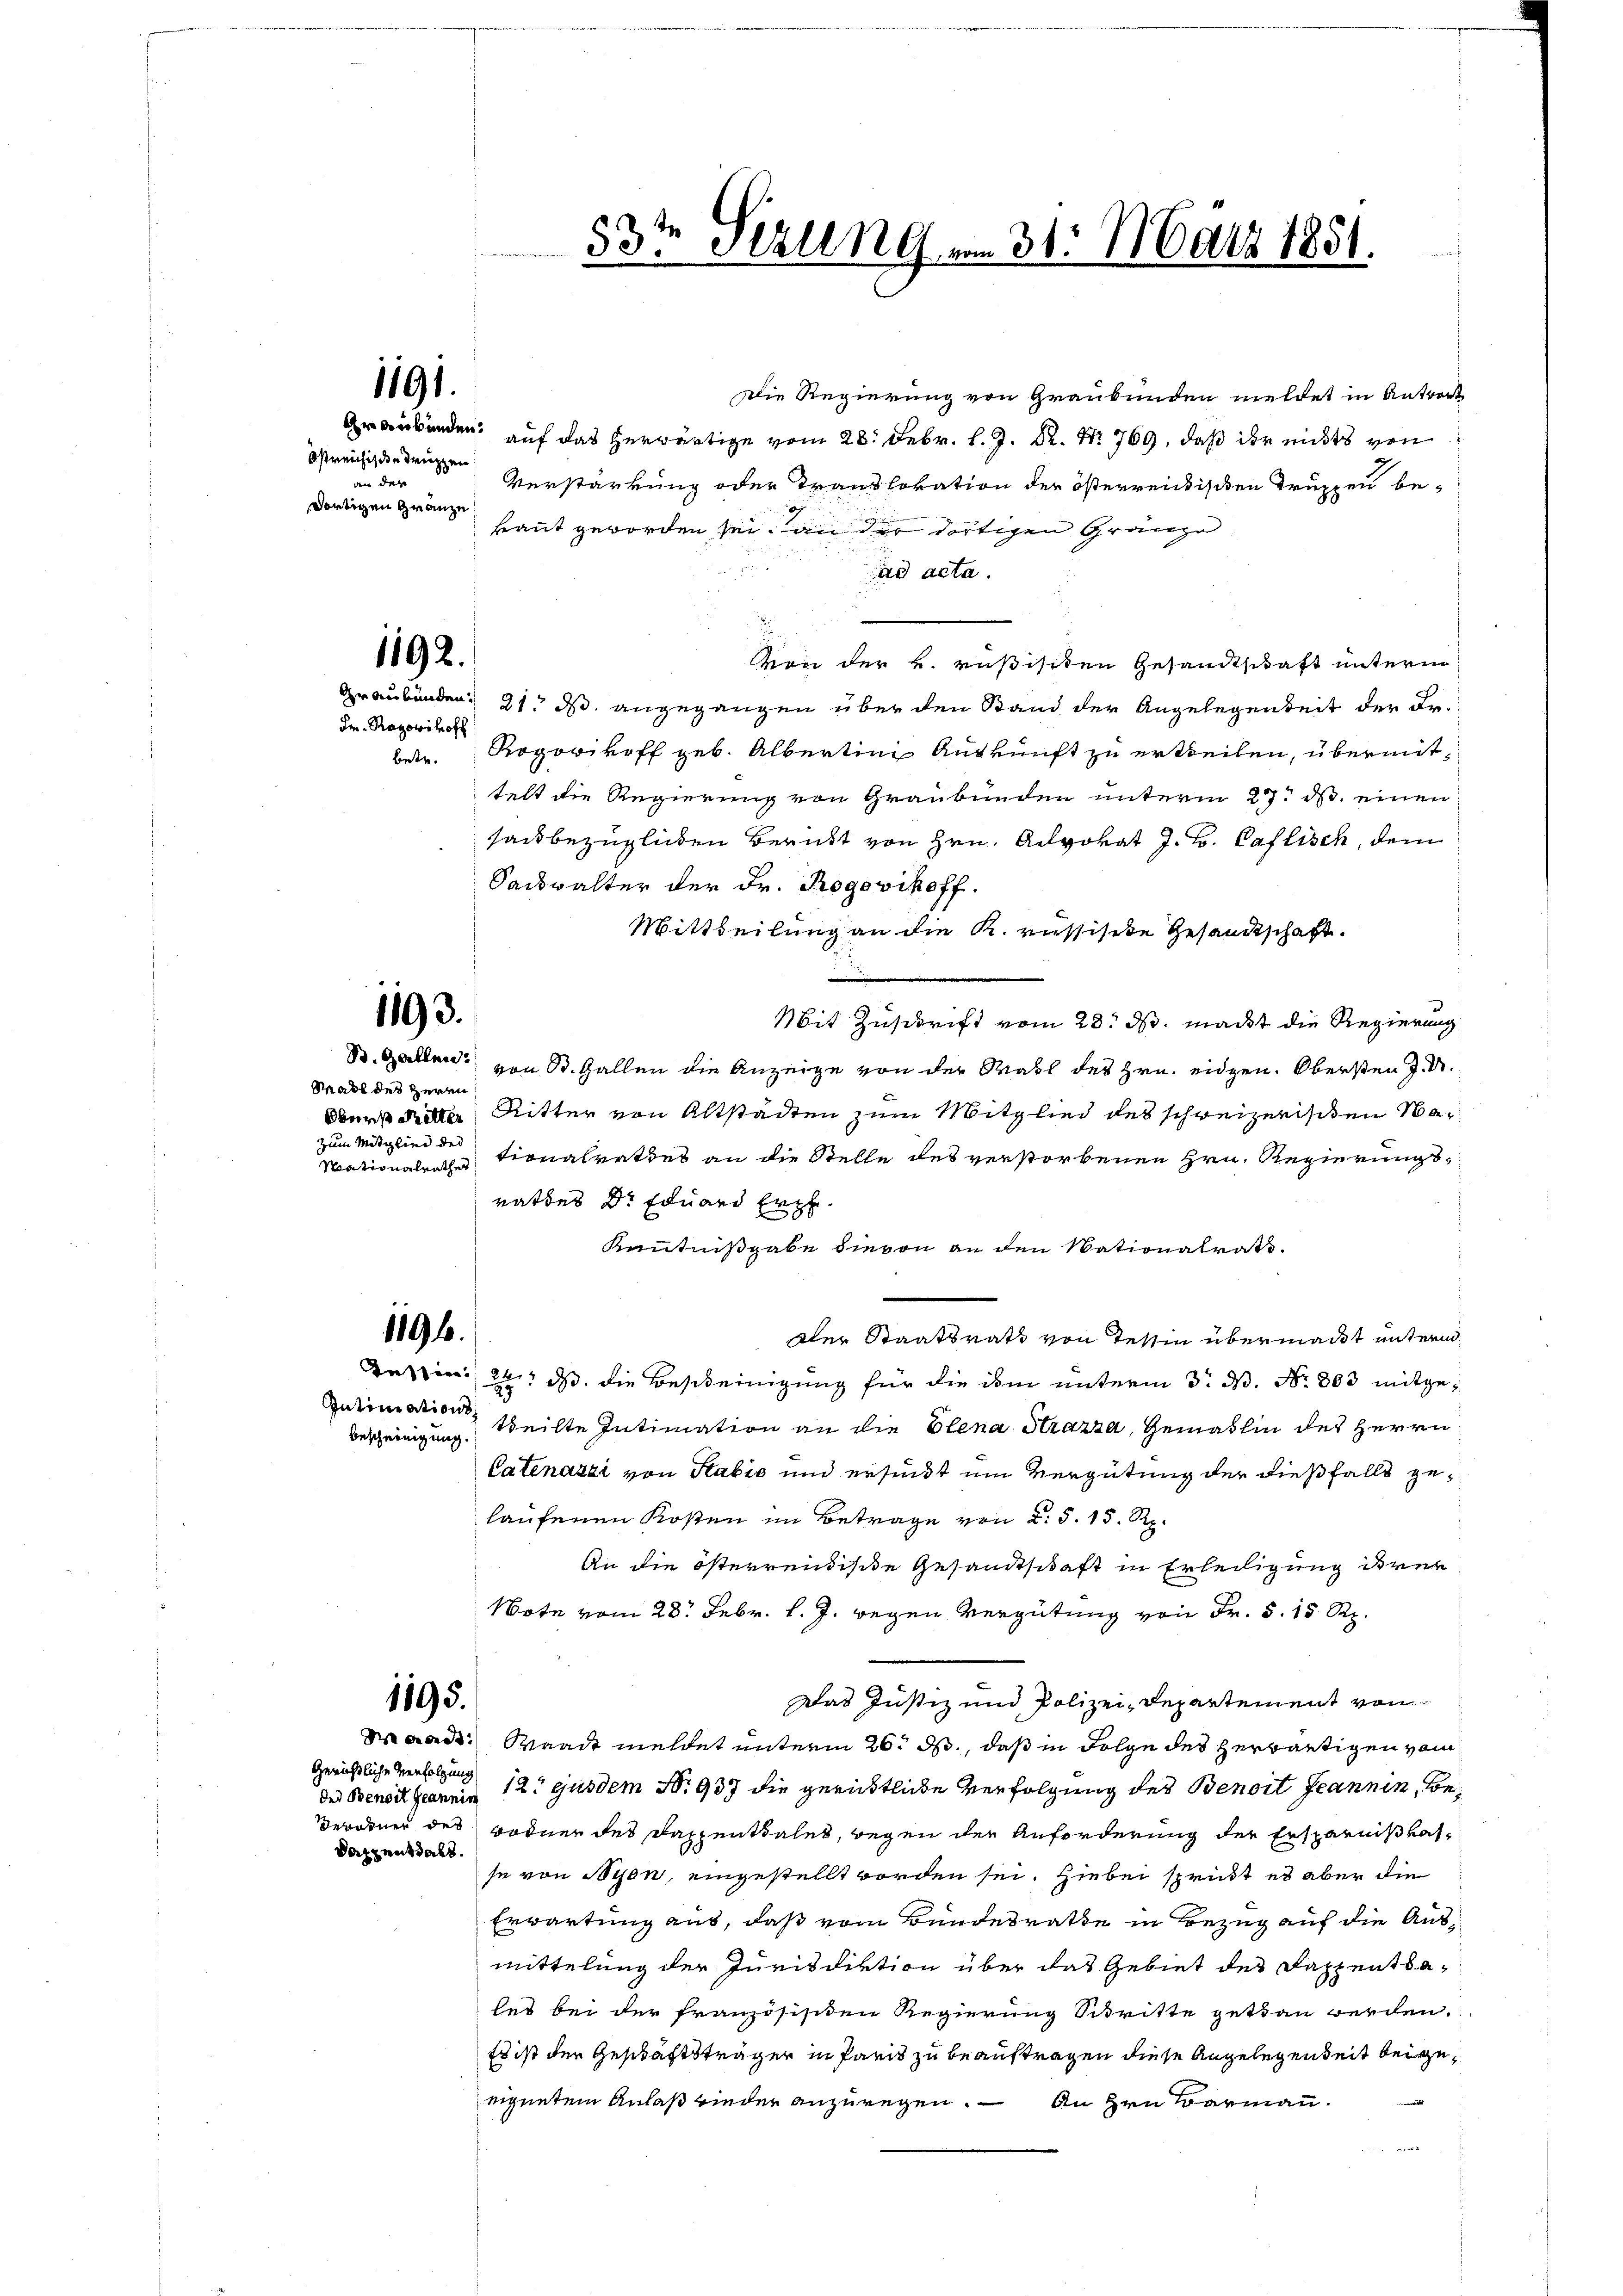
Östreichische Truppen
den des
dortigen Gränze

Stadt des Herrn

Die Regierung von Graubünden meldet in Antwort
.
Verstärkung oder Translokation der österreichischen Truppen be-
kannt geworden sei an der dortigen Gränze
ad acta.
Von der k. rußischen Gesandtschaft unterm
Graubünden 21. ds. angegangen über den Stand der Angelegenheit der Er¬
Betr. Rogorhoff geb. Albertini Auskunft zu ertheilen, übermittelt die Regierung von Graubünden unterm 27. ds. einen
sack bezüglichen Beruht von Hrn. Advokat J. J. Caflisch, dem
Sackwalter der Dr. Rogevikoff.
Mittheilung an die K. russisite Gesandtschaft.
Mit Zuschrift vom 28. ds. macht die Regierung
St. Gallen von St. Gallen die Anzeige von der Wahl des Hrn. eidgen. Obersten J. A.
Ritter von Altstädten zum Mitglied des schweizerischen Na¬
Mationalrathe Lionalrates an die Stelle des verstorbenen Hrn. Regierungsrathes Dr Eduard Erze¬
Kenntnißgabe dievon an den Nationalrats.
1196.
dler Staatsrath von Tessin übermacht unterm
Dassen 24. ds. die Bescheinigung für die ihm unterm 3. d. No. 803 mitge¬
Intimations
theilte Intimation an die Elena Strazza, Gemäslin des Herrn
Bescheinigung.
Catenazzi von Sabić und ersinkt um Vergütung der dießfalls gelaufenen Kosten im Betrage von L. S. 15. Rp.
An die österrendische Gesandtschaft in Erledigung ihrer
ote vom 28. Febr. l. J. wegen Vergütung von Fr. 5. 15 Rp.
Das Justiz und Polizei-Departement von
1195.
Mad. Waadt meldet unterm 26. ds., daß in Folge des herwärtigen vom
Gerichtliche Verfolgung
des Benoit Jeannen 12. ejusdem N. 937 die gerichtliche Verfolgung des Benoit Jeannin, Be¬
Verorner des Bodner des Dappenthales, wegen der Anforderung der Ersparnißkas¬
Dazzent als
se von Nyon, eingestellt worden sei. Hiebei sprickt es aber die
Erwartung aus, daß vom Bundesrathe in Bezug auf die Ausmittelung der Jurisdiktion über das Gebiet des Sappentales bei der franzosisiten Regierung Schritte getan werden.
Es ist der Geschäftsträger in Paris zu beauftragen diese Angelegenheit beigeeignetem Anlaß wieder anzuregen. – An Hrn Barmann.

1192.

Fr. Rayowihoff

Oberst Retter
zum Mitglied der

1191.

1193.

t
33.
Sizung am 31. März 1851.